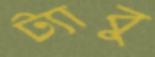
ট্যাবু